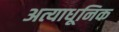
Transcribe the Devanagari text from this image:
अत्याधूनिक